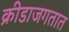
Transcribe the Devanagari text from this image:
क्रीडाजगतात